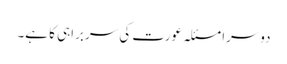
دوسرا مسئلہ عورت کی سربراہی کا ہے۔